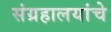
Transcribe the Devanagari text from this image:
संग्रहालयांचे